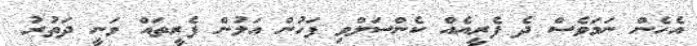
އެހެން ނަމަވެސް ދެ ފެރީއެއް ކެންސަލްވި ފަހުން އަލުން ފެރީތައް ވަނީ ދަތުރު